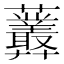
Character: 𧆁